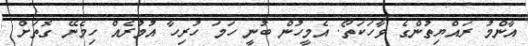
އާންމު ރައްޔިތުންގެ ވާހަކަތޯ. އެމީހުން ބުނީ ހަމަ ހުރިހާ އުމުރެއް ހިމެނޭ ގޮތަށް